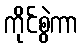
ကိုင်စွဲကာ